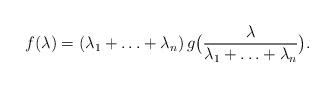
LaTeX: \begin{align*}f(\lambda) = (\lambda_1 + \ldots + \lambda_n)\,g\big(\frac{\lambda}{\lambda_1 + \ldots + \lambda_n}\big).\end{align*}